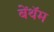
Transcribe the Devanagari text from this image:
बेंथॅम